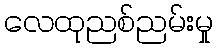
လေထုညစ်ညမ်းမှု